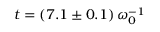
t = ( 7 . 1 \pm 0 . 1 ) \, \omega _ { 0 } ^ { - 1 }